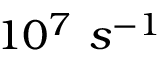
1 0 ^ { 7 } \ s ^ { - 1 }